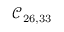
\mathcal { C } _ { 2 6 , 3 3 }